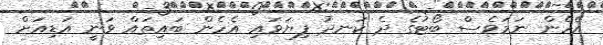
އެހެން ނަމަވެސް ބޯޓުގެ ދެ ކަނދު ފިޔަވައި އެހެން ބައިތައް ވަނީ އަޑިއަށް